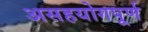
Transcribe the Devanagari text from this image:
असहयोगपूर्ण